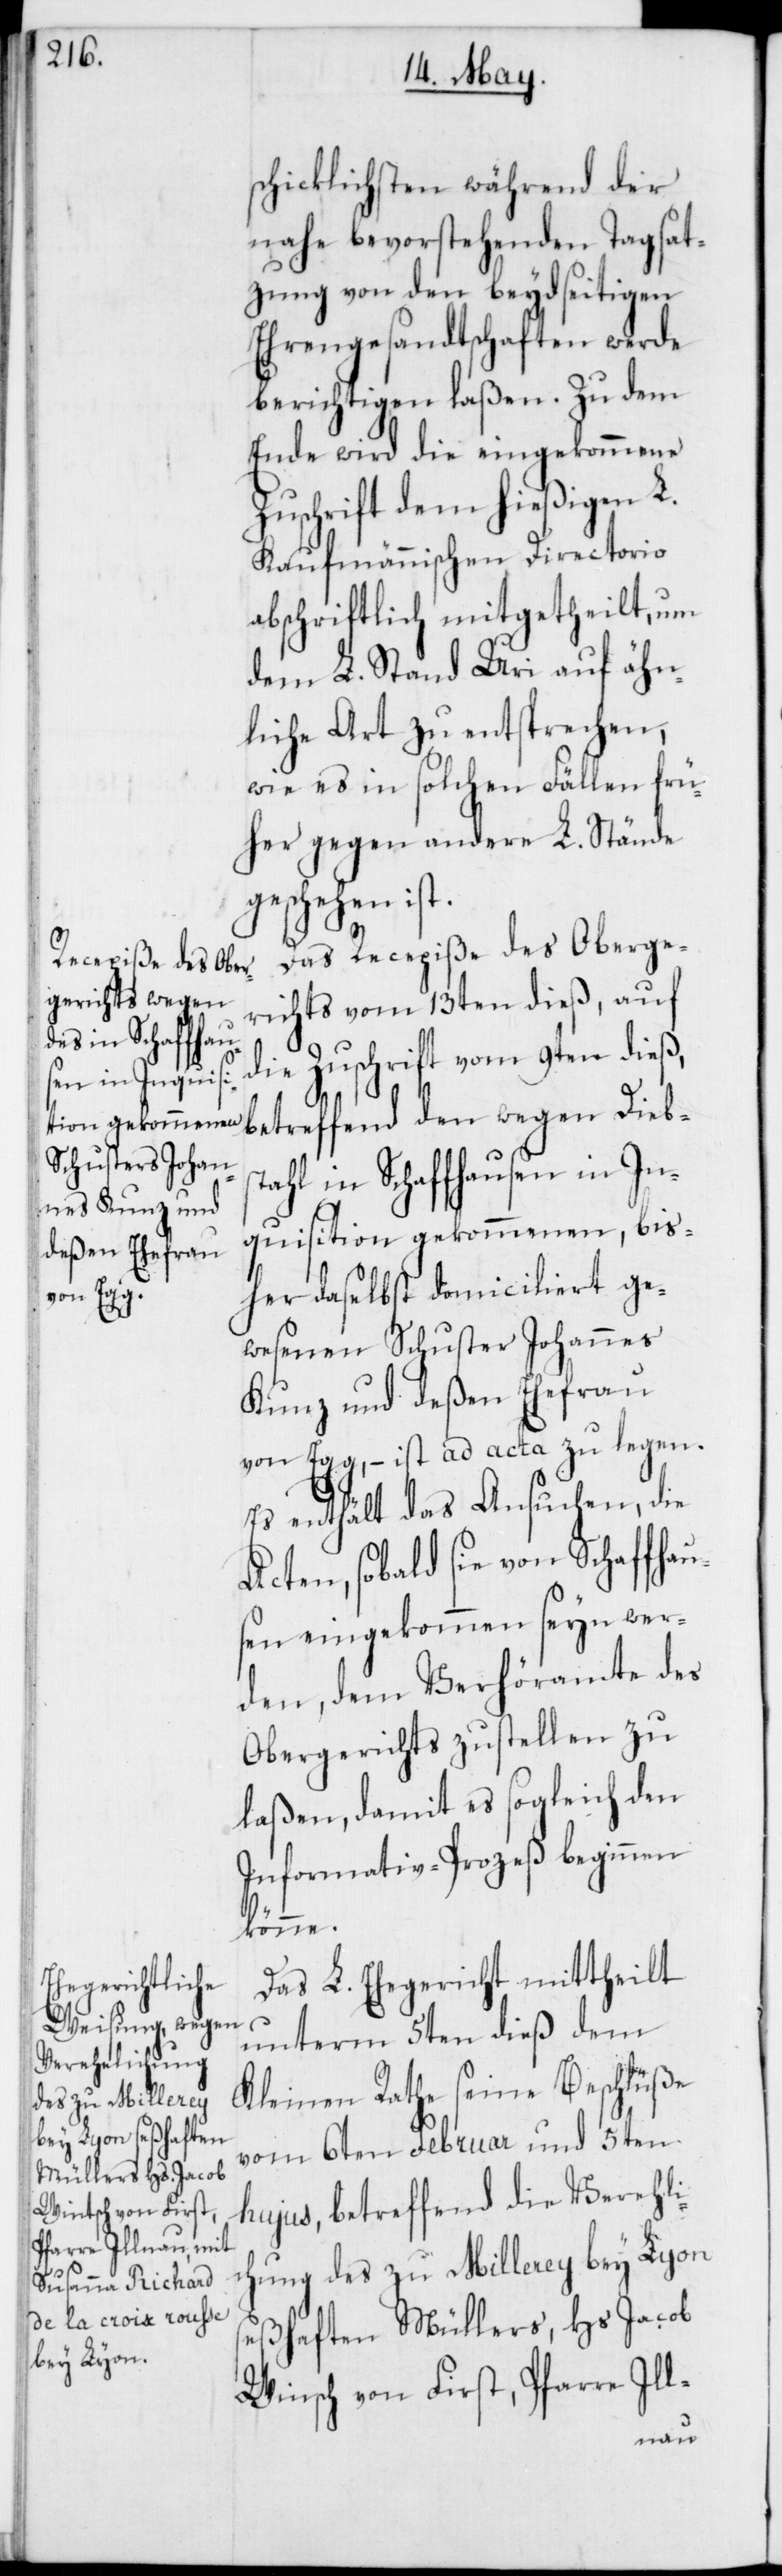
schicklichsten während der
nahe bevorstehenden Tagsat¬
zung von den beydseitigen
Ehrengesandtschaften werde
berichtigen laßen. Zu dem
Ende wird die eingekommene
Zuschrift dem hießigen L.
Kaufmännnischen Directorio
abschriftlich mitgetheilt, um
dem L. Stand Uri auf ähn¬
liche Art zu entsprechen,
wie es in solchen Fällen frü¬
her gegen andere L. Stände
geschehen ist.
Das Recepiße des Oberge¬
richts vom 13ten dieß, auf
die Zuschrift vom 9ten dieß,
betreffend den wegen Diebs¬
tahl in Schaffhausen in In¬
quisition gekommenen, bis¬
her daselbst domiciliert ge¬
wesenen Schuster Johannes
Kunz und deßen Ehefrau
von Egg, – ist ad acta zu legen.
Es enthält das Ansuchen, die
Acten, sobald sie von Schaffhau¬
sen eingekommen seyn wer¬
den, dem Verhöramte des
Obergerichts zustellen zu
laßen, damit es sogleich den
Informativ-Prozeß beginnen
könne.
Das L. Ehegericht mittheilt
unterm 5ten dieß dem
Kleinen Rathe seine Beschlüße
vom 6ten Februar und 5ten
hujus, betreffend die Vereheli¬
chung des zu Millerey bey Lyon
seßhaften Müllers, Hs. Jacob
[sic!] von First, Pfarre Ill-